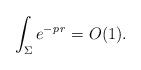
LaTeX: \begin{align*} \int_\Sigma e^{- p \, r} = O (1).\end{align*}